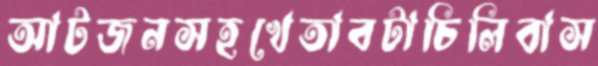
আটজনসহখেতাবটাচিলিবাস